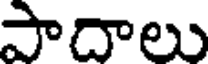
పాదాలు